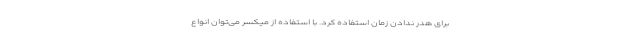
برای هدر ندادن زمان استفاده کرد. با استفاده از میکسر می‌توان انواع